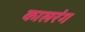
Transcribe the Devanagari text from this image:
कालरंग